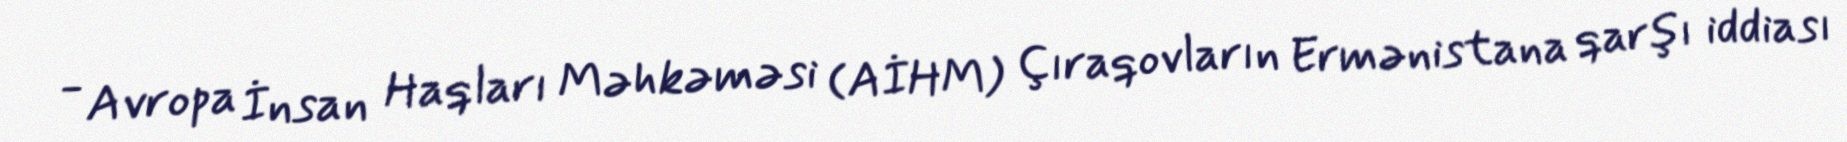
- Avropa İnsan Haqları Məhkəməsi (AİHM) Çıraqovların Ermənistana qarşı iddiası